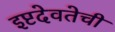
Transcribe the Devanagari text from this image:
इष्टदेवतेची